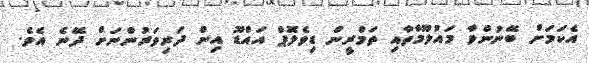
އެކަމަށް ބޭނުންވާ މައުލޫމާތާއި ތަމްރީން ޑިވެލޮޕް އައްޑޫ އިން ދަރިވަރުންނަށް ދޭނެ އެވެ.